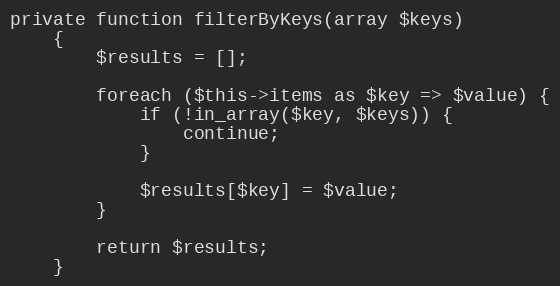
Language: PHP
private function filterByKeys(array $keys)
    {
        $results = [];

        foreach ($this->items as $key => $value) {
            if (!in_array($key, $keys)) {
                continue;
            }

            $results[$key] = $value;
        }

        return $results;
    }